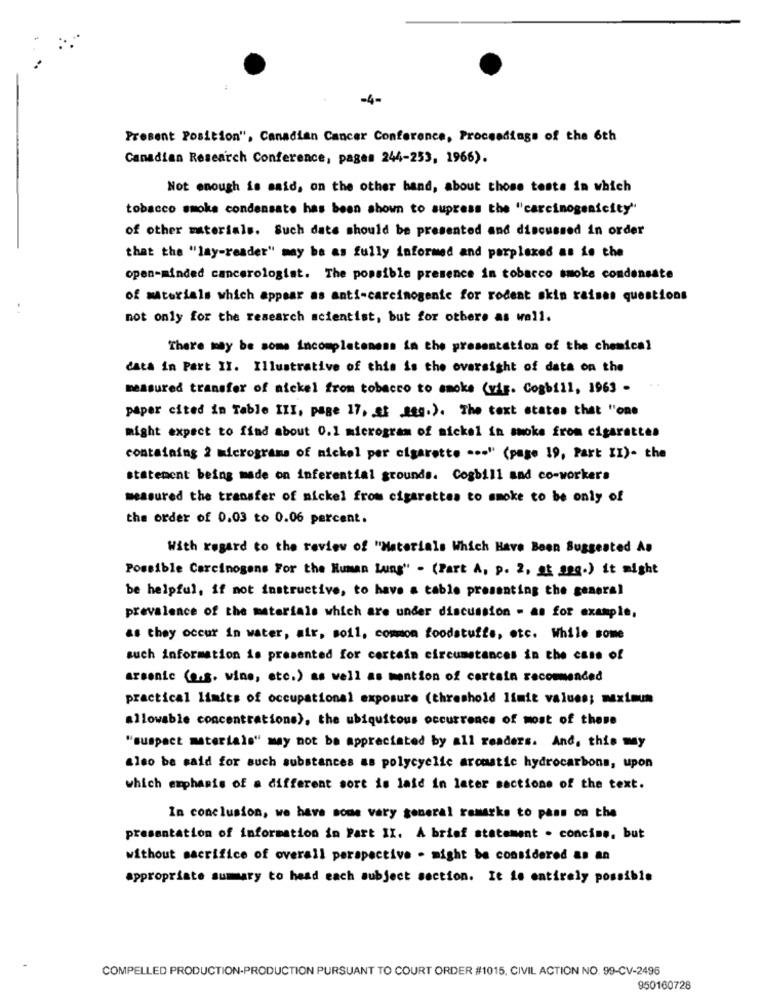
-4-
Present Position", Canadian Cancer Conference, Proceedings of the 6th
Canadian Research Conference, pages 244-253, 1966).
Not enough is said, on the other hand, about those tests in which
tobacco smoke condensato has been shown to supress the "carcinogenicity"
of other materials. Such data should be presented and discussed in order
that the "lay-reader" may be as fully informed and perplexed as is the
open-minded cancerologist. The possible presence in tobacco smoke condensate
of materials which appear as anti-carcinogenic for rodent skin raises questions
. .
not only for the research scientist, but for others as well.
There may be some Incompleteness in the presentation of the chemical
data in Part II. Illustrative of this is the oversight of data on the
measured transfer of mickel from tobacco to smoke (wiF. Cogbill, 1963 -
paper cited in Table III, page 17, at seg.). The text states that "one
might expect to find about 0.1 microgram of mickel in smoke from cigarettes
containing 2 micrograms of nickel per cigarette ... " (page 19, Part II)- the
statement being made on inferential grounds. Cogbill and co-workers
measured the transfer of mickel from cigarettes to smoke to be only of
the order of 0.03 to 0.06 percent.
With regard to the review of "Materials Which Have Been Suggested As
Possible Carcinogens For the Human Lung" - (Part A, p. 2, at a99.) it might
be helpful, if not instructive, to have a table presenting the general
prevalence of the materials which are under discussion - as for example,
as they occur in water, air, soil, common foodstuffs, etc. While some
such information is presented for certain circumstances in the case of
arsenie (o.S. wine, etc.) as well as mention of certain recommended
practical limits of occupational exposure (threshold limit values; maximum
allowable concentrations), the ubiquitous occurrence of most of these
"suspect materials" may not be appreciated by all readers. And, this may
also be said for such substances as polycyclic aromatic hydrocarbons, upon
which emphasis of a different sort is laid in later sections of the text.
In conclusion, we have some very general remarks to pass on the
presentation of information in Part II. A brief statement . concine, but
without sacrifice of overall perspective - might be considered as an
appropriate summary to head each subject section. It is entirely possible
COMPELLED PRODUCTION-PRODUCTION PURSUANT TO COURT ORDER #1015, CIVIL ACTION NO. 99-CV-2496
950160728